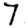
Digit: 7